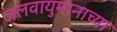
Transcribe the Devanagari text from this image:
जलवायुमानाच्या